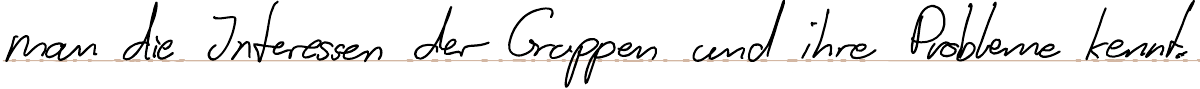
man die Interessen der Gruppen und ihre Probleme kennt.